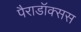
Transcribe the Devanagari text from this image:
पैराडॉक्सस